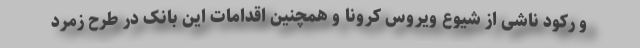
و رکود ناشی از شیوع ویروس کرونا و همچنین اقدامات این بانک در طرح زمرد